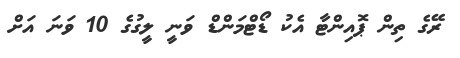
ރޭގެ ތިން ޕޮއިންޓާ އެކު ޑޯޓްމަންޑް ވަނީ ލީގުގެ 10 ވަނަ އަށް